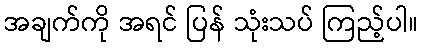
အချက်ကို အရင် ပြန် သုံးသပ် ကြည့်ပါ။